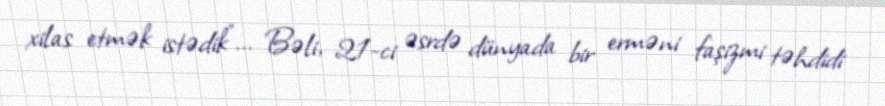
xilas etmək istədik”... Bəli, 21-ci əsrdə dünyada bir erməni faşizmi təhdidi